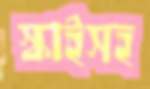
স্কাইসহ